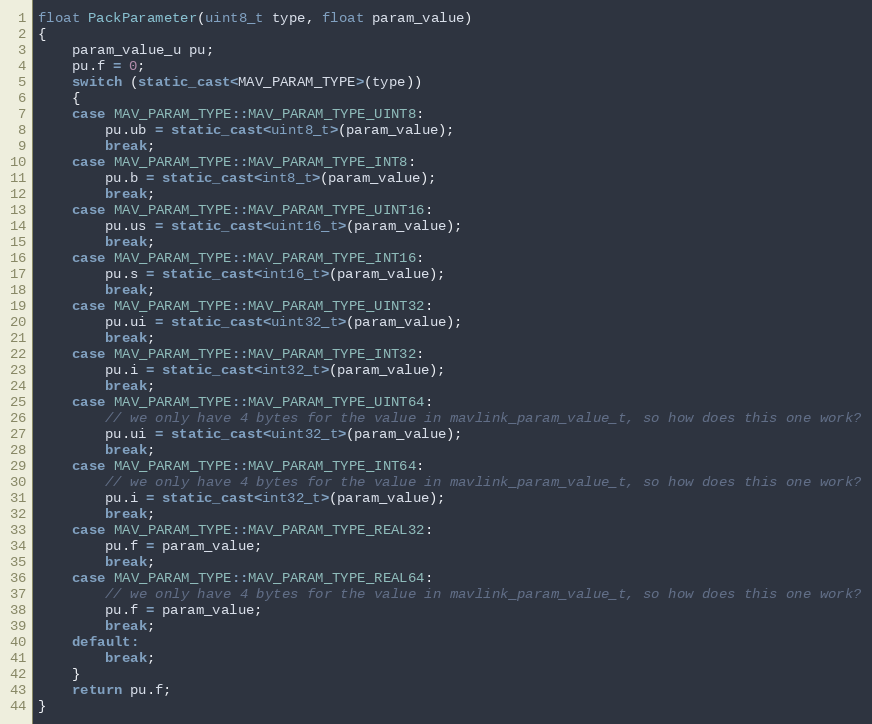
Language: C++
float PackParameter(uint8_t type, float param_value)
{
    param_value_u pu;
    pu.f = 0;
    switch (static_cast<MAV_PARAM_TYPE>(type))
    {
    case MAV_PARAM_TYPE::MAV_PARAM_TYPE_UINT8:
        pu.ub = static_cast<uint8_t>(param_value);
        break;
    case MAV_PARAM_TYPE::MAV_PARAM_TYPE_INT8:
        pu.b = static_cast<int8_t>(param_value);
        break;
    case MAV_PARAM_TYPE::MAV_PARAM_TYPE_UINT16:
        pu.us = static_cast<uint16_t>(param_value);
        break;
    case MAV_PARAM_TYPE::MAV_PARAM_TYPE_INT16:
        pu.s = static_cast<int16_t>(param_value);
        break;
    case MAV_PARAM_TYPE::MAV_PARAM_TYPE_UINT32:
        pu.ui = static_cast<uint32_t>(param_value);
        break;
    case MAV_PARAM_TYPE::MAV_PARAM_TYPE_INT32:
        pu.i = static_cast<int32_t>(param_value);
        break;
    case MAV_PARAM_TYPE::MAV_PARAM_TYPE_UINT64:
        // we only have 4 bytes for the value in mavlink_param_value_t, so how does this one work?
        pu.ui = static_cast<uint32_t>(param_value);
        break;
    case MAV_PARAM_TYPE::MAV_PARAM_TYPE_INT64:
        // we only have 4 bytes for the value in mavlink_param_value_t, so how does this one work?
        pu.i = static_cast<int32_t>(param_value);
        break;
    case MAV_PARAM_TYPE::MAV_PARAM_TYPE_REAL32:
        pu.f = param_value;
        break;
    case MAV_PARAM_TYPE::MAV_PARAM_TYPE_REAL64:
        // we only have 4 bytes for the value in mavlink_param_value_t, so how does this one work?
        pu.f = param_value;
        break;
    default:
        break;
    }
    return pu.f;
}